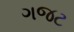
ગજટ